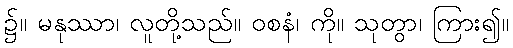
၌။ မနုဿာ၊ လူတို့သည်။ ဝစနံ၊ ကို။ သုတွာ၊ ကြား၍။